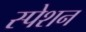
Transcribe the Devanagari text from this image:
स्पेशन